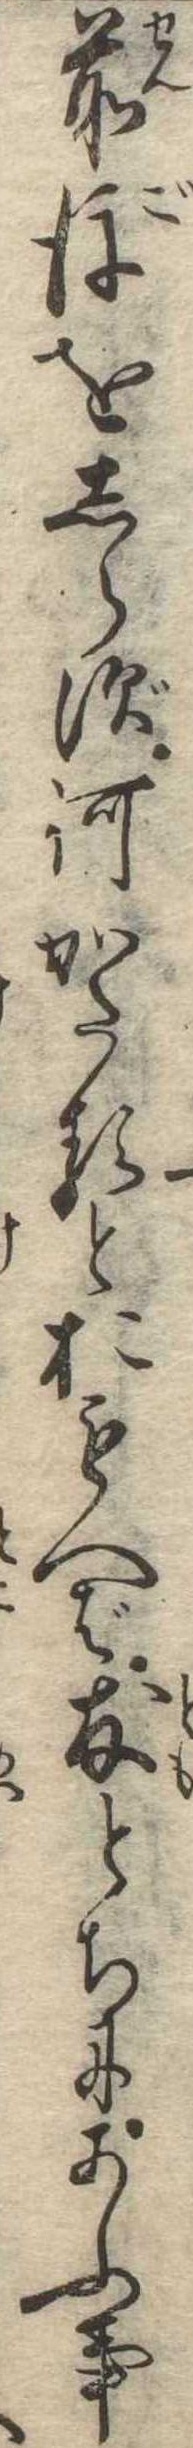
前後をしらず何かたるとおもへば友とちにあふ事